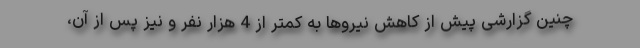
چنین گزارشی پیش از کاهش نیروها به کمتر از 4 هزار نفر و نیز پس از آن،